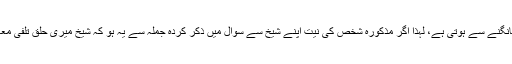
واضح رہے کہ حقوق العباد میں کوتاہی کی تلافی جس شخص کی حق تلفی کی ہو اس سے معافی مانگنے سے ہوتی ہے، لہذا اگر مذکورہ شخص کی نیت اپنے شیخ سے سوال میں ذکر کردہ جملہ سے یہ ہو کہ شیخ میری حلق تلفی معاف کرکے اللہ کے حضور بھی معافی کی درخواست کریں دیں، تو اس طرح کہنے میں حرج نہیں۔